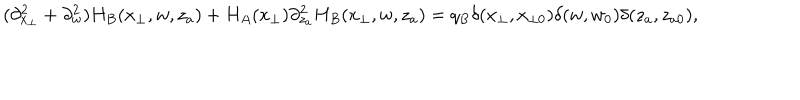
( \partial _ { x _ { \perp } } ^ { 2 } + \partial _ { w } ^ { 2 } ) H _ { B } ( x _ { \perp } , w , z _ { a } ) + H _ { A } ( x _ { \perp } ) \partial _ { z _ { a } } ^ { 2 } H _ { B } ( x _ { \perp } , w , z _ { a } ) = q _ { B } \delta ( x _ { \perp } , x _ { \perp 0 } ) \delta ( w , w _ { 0 } ) \delta ( z _ { a } , z _ { a 0 } ) ,